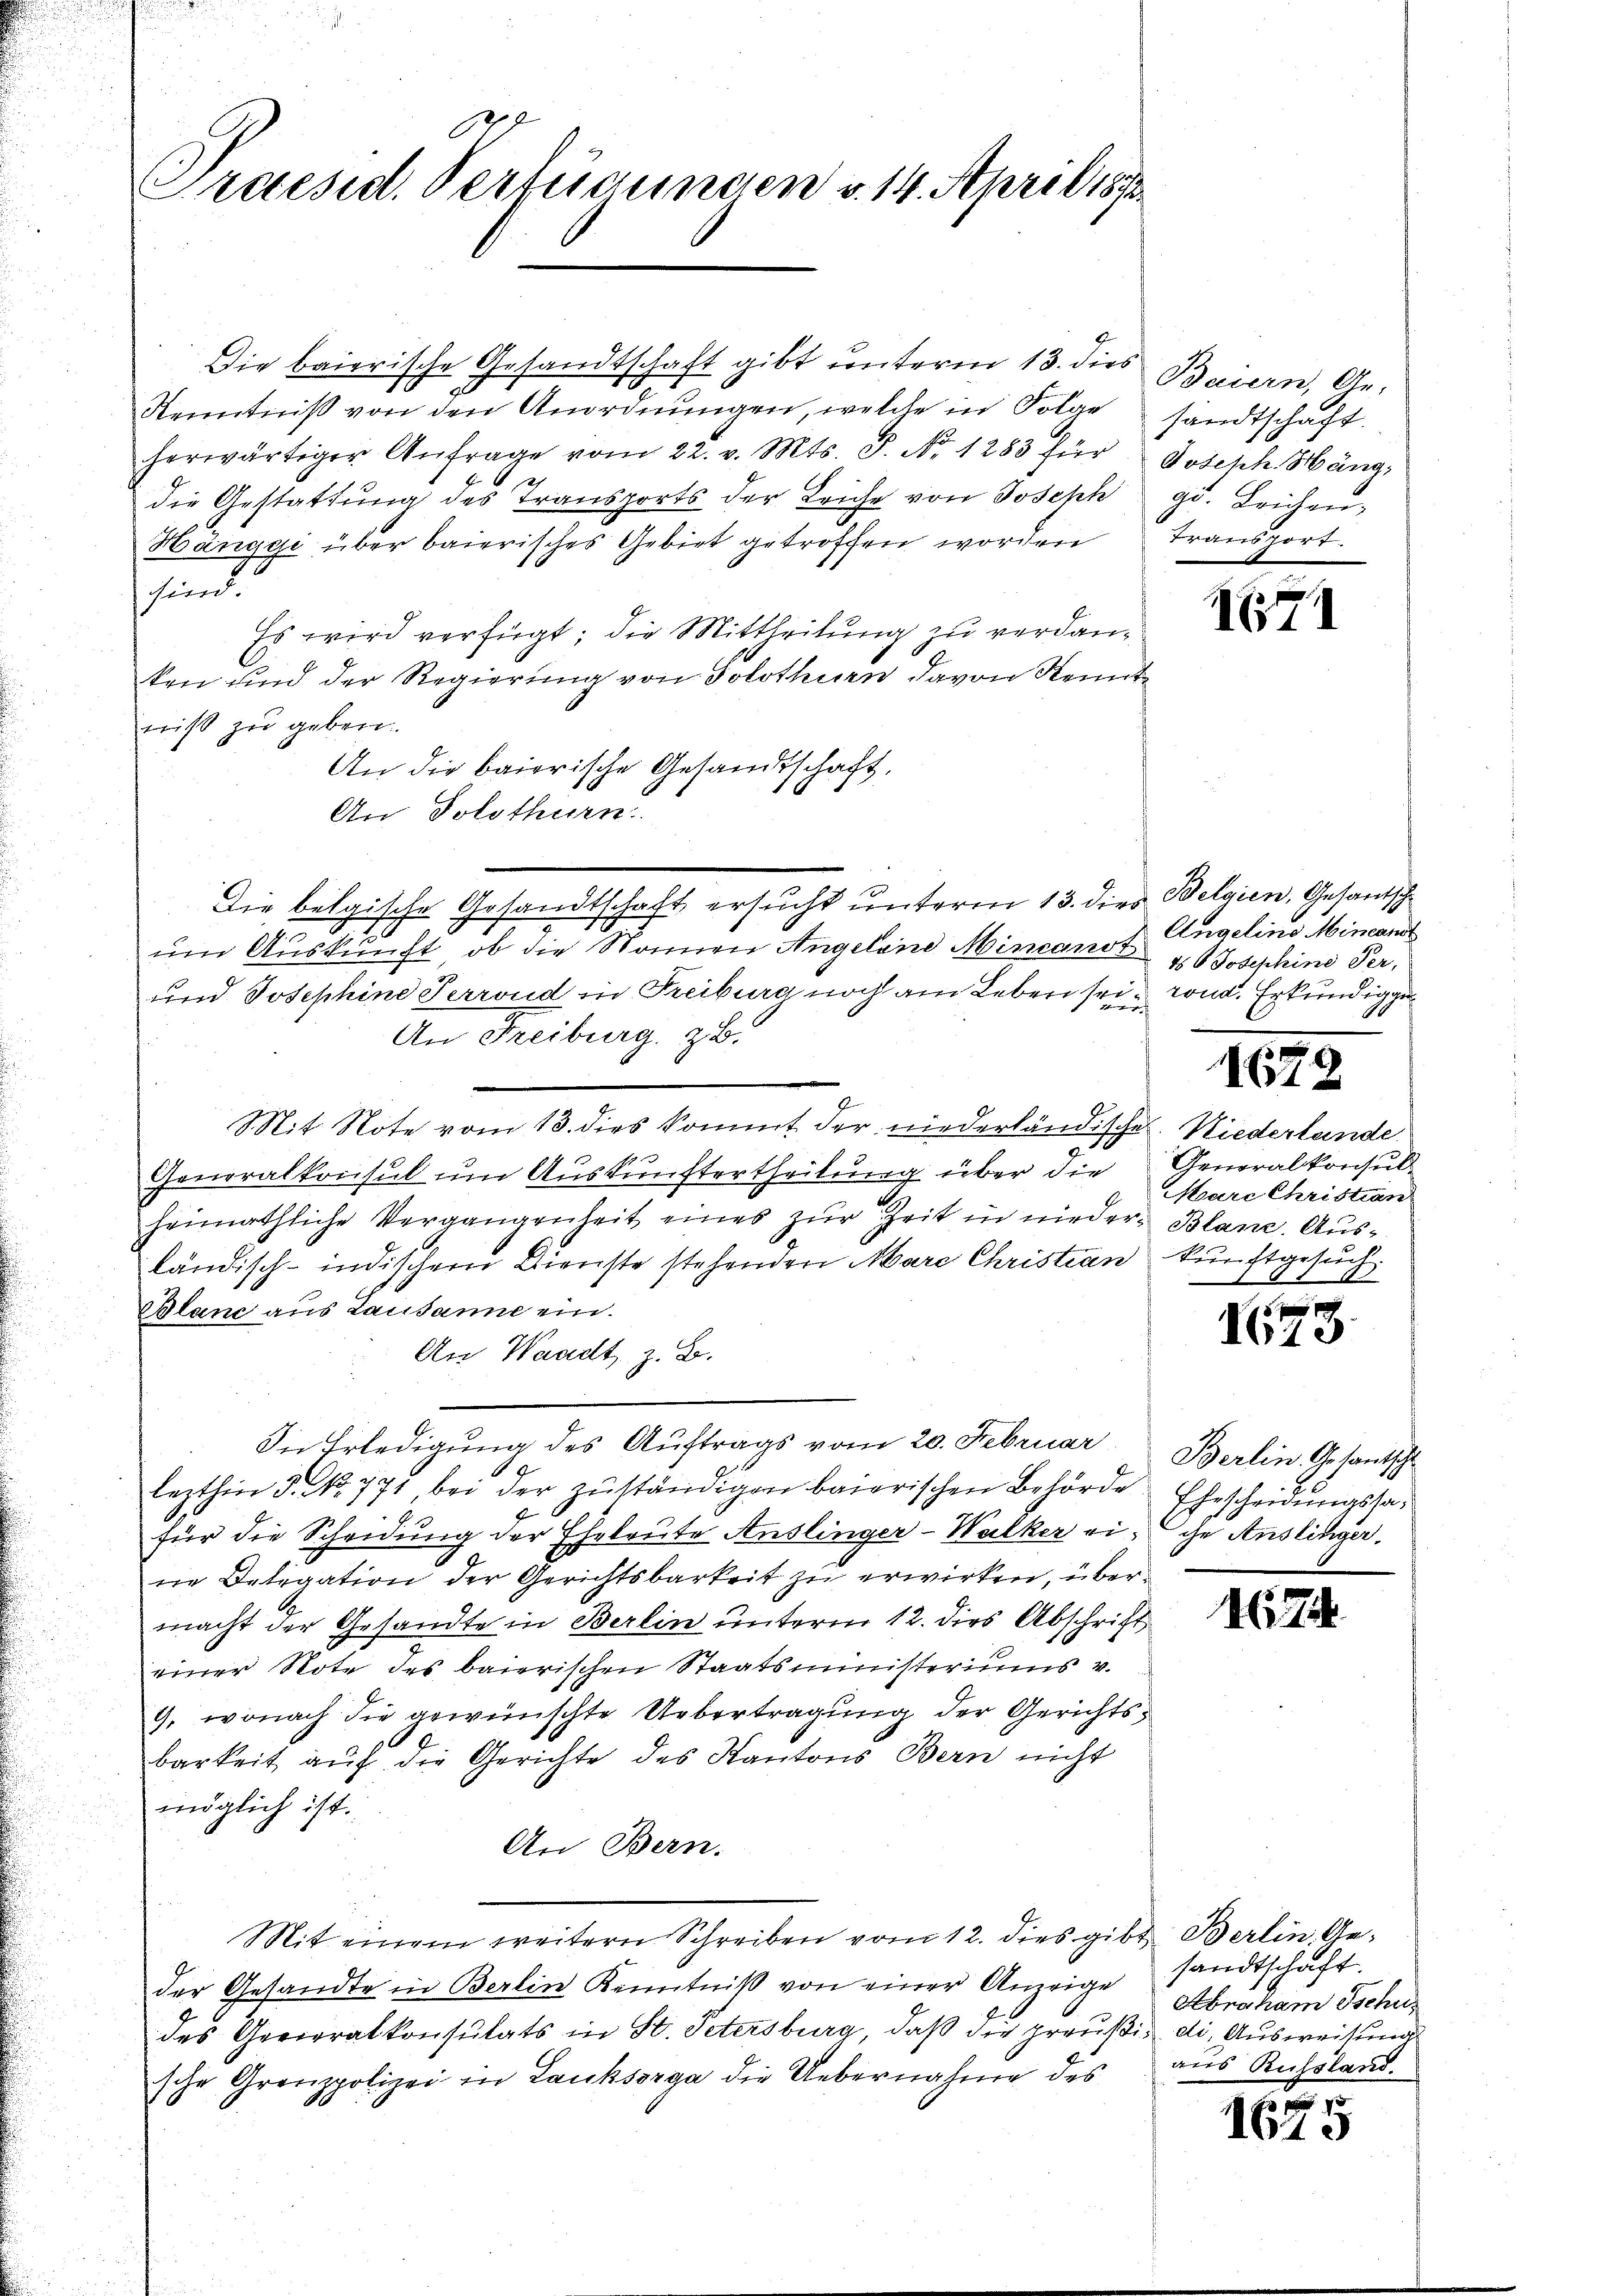
1
Praesid. Fertigungen v. 14. April 1873.

Die baierische Gesandtschaft gibt unterm 13. dies Baiern, Ge-
Kenntniß von den Anordnungen, welche in Folge
herwärtiger Anfrage vom 22. v. Mts. S. No. 1283 für
die Gestattŭng des Transports der Leiche von Joseph gd. Leichen,
Hänggi über baierisches Gebiet getroffen worden
sind.
Es wird verfügt, die Mittheilung zu verdanken und der Regierung von Solothurn davon Kenntniß zu geben.
An die baierische Gesandtschaft,
An Solothurn.
Die belgische Gesandtschaft ersucht unterm 13. dies
um Auskunft, ob die Namen Angeland Mincanot
und Josephine Terrond in Freiburg noch am Leben sei¬
An Freiburg, z. B.
Mit Note vom 13. dies kommt der niederländische Niederlande
2
Generalkonsul um Auskunftertheilung über die
heimathliche Vergangenheit eines zŭr Zeit in nieder Blanc. Aus-
ländisch-indischem Dienste stehenden Mare Christian
Blanc aus Lausanne ein.
An Waadt, z. B.
In Erledigung des Auftrags vom 20. Februar
9
lezthin 5. No. 771 bei der zŭständigen baierischen Behörde
für die Scheidung der Eheleute Anslinger-Walker eine Delegation der Gerichtsbarkeit zu erwirken, übermacht der Gesandte in Berlin unterm 12. dies Abschrift
einer Note des baierischen Staatsministeriums v.
9, wonach die gewünschte Uebertragung der Gerichtsbarkeit auf die Gerichte des Kantons Bern nicht
möglich ist.
An Bern.
Mit einem weitern Schreiben vom 12. dies gibt Berlin, Geder Gesandte in Berlin Kenntniß von einer Anzeige
des Gevieralkonsulats in St. Petersburg, daß die preußi, die Ausweisung
sche Grenzpolizei in Lauksorga die Uebernahme des

sandtschaft.
Joseph. Häng,
Transport

1

Belgien, Gesantsche
Angeline Mincand
6 Josephine Per-
rond. Erkundigun

167

167.

Generalkonsul
Marc Christian
kunftgesuch.
I

1674

3.

Berlin. Gesamtschl
Ehescheidungssache Anslinger.

sandtschaft.
Abraham Tschus
aus Russland.

1615